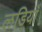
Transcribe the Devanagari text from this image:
लडियाँ